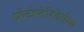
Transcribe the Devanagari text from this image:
प्रोटोप्टेरिडेलीज़